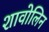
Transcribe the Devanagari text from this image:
शावोलिन